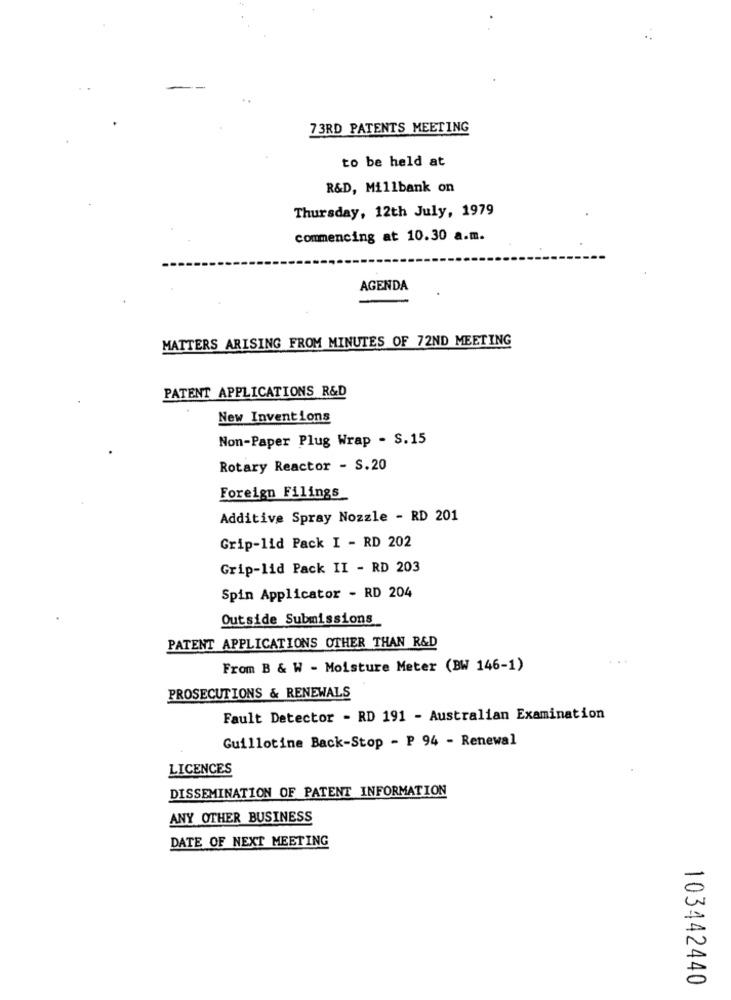
73RD PATENTS MEETING
to be held at
R&D, Millbank on
Thursday, 12th July, 1979
commencing at 10.30 a.m.
AGENDA
MATTERS ARISING FROM MINUTES OF 72ND MEETING
PATENT APPLICATIONS R&D
New Inventions
Non-Paper Plug Wrap - S.15
Rotary Reactor - S.20
Foreign Filings
Additive Spray Nozzle - RD 201
Grip-lid Pack I - RD 202
Grip-lid Pack II - RD 203
Spin Applicator - RD 204
Outside Submissions
PATENT APPLICATIONS OTHER THAN R&D
From B & W - Moisture Meter (BW 146-1)
PROSECUTIONS & RENEWALS
Fault Detector - RD 191 - Australian Examination
Guillotine Back-Stop - P 94 - Renewal
LICENCES
DISSEMINATION OF PATENT INFORMATION
ANY OTHER BUSINESS
DATE OF NEXT MEETING
103442440